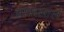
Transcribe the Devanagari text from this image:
चारूलाल